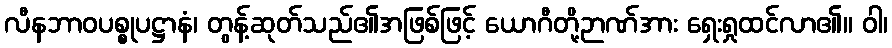
လီနဘာဝပစ္စုပဋ္ဌာနံ၊ တွန့်ဆုတ်သည်၏အဖြစ်ဖြင့် ယောဂီတို့ဉာဏ်အား ရှေးရှုထင်လာ၏။ ဝါ၊